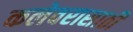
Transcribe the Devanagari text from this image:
कलेवरासाठी